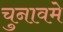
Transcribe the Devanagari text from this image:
चुनावमे